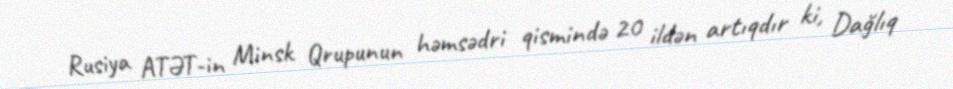
Rusiya ATƏT-in Minsk Qrupunun həmsədri qismində 20 ildən artıqdır ki, Dağlıq